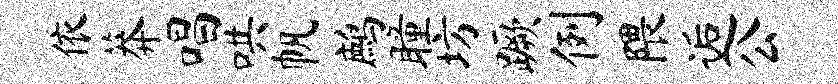
依莽唱哄帆鹧瞳坊蹶例隈逅公